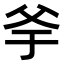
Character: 𤕎